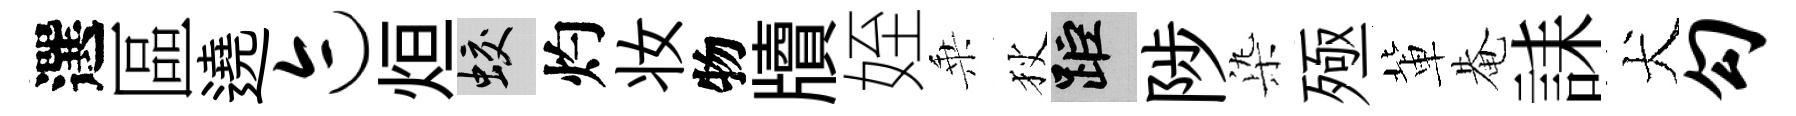
選區遶迹烜蛟灼妆物牘姪乗狄距陟𣑱殛軰𤲅誄犬勾